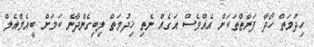
ހިދުމަތް ހޯދާ ފަރާތްތަކަށް އެއްވެސް އަގެއް ނެތި ޚިދުމަތް ލިބިގެންދާނެ ކަމަށް ބީއެމްއެލް